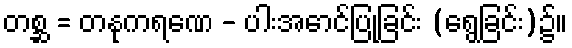
တစ္ဆ = တနုကရဏေ - ပါးအောင်ပြုခြင်း (ရွေခြင်း)၌။